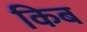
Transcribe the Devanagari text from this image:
किब